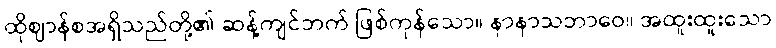
ထိုဈာန်စအရှိသည်တို့၏ ဆန့်ကျင်ဘက် ဖြစ်ကုန်သော။ နာနာသဘာဝေ။ အထူးထူးသော